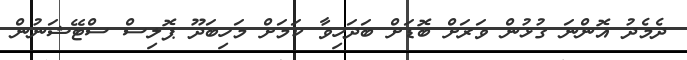
ދެމެދު އޮންނަ ގުޅުން ވަރަށް ބޮޑަށް ބަދަހިވާ ކަމަށް މަހިބަދޫ ޕޮލިސް ސްޓޭޝަނުން